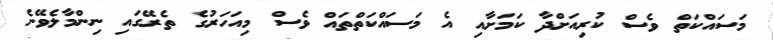
މަސައްކަތް ވެސް ކުރިއަށްދާ ކަމަށާއި އެ މަސައްކަތްތައް ވެސް މިއަހަރުގެ ތެރޭގައި ނިންމާލެވޭނެ